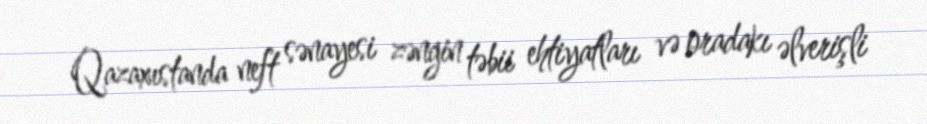
Qazaxıstanda neft sənayesi zəngin təbii ehtiyatları və oradakı əlverişli